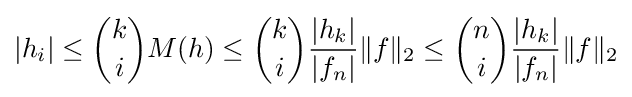
|h_{i}|\leq {\binom {k}{i}}M(h)\leq {\binom {k}{i}}{\frac {|h_{k}|}{|f_{n}|}}\|f\|_{2}\leq {\binom {n}{i}}{\frac {|h_{k}|}{|f_{n}|}}\|f\|_{2}